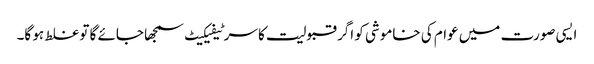
ایسی صورت میں عوام کی خاموشی کو اگر قبولیت کا سرٹیفیکیٹ سمجھا جائے گا تو غلط ہو گا۔